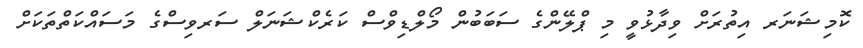
ކޮމިޝަނަރ އިތުރަށް ވިދާޅުވީ މި ޕްލޭންގެ ސަބަބުން މޯލްޑިވްސް ކަރެކްޝަނަލް ސަރވިސްގެ މަސައްކަތްތަކަށް